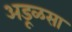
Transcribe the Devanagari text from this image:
अडूळसा